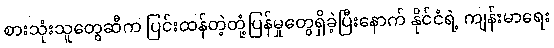
စားသုံးသူတွေဆီက ပြင်းထန်တဲ့တုံ့ပြန်မှုတွေရှိခဲ့ပြီးနောက် နိုင်ငံရဲ့ ကျန်းမာရေး